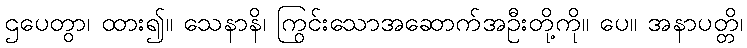
ဌပေတွာ၊ ထား၍။ သေနာနိ၊ ကြွင်းသောအဆောက်အဦးတို့ကို။ ပေ။ အနာပတ္တိ၊